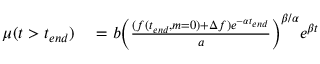
\begin{array} { r l } { \mu ( t > t _ { e n d } ) } & { { } = b \bigg ( \frac { ( f ( t _ { e n d } , m = 0 ) + \Delta f ) e ^ { - \alpha t _ { e n d } } } { a } \bigg ) ^ { \beta / \alpha } e ^ { \beta t } } \end{array}